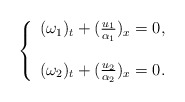
\begin{align*}\left\{ \begin{array}{ll} (\omega_{1})_t+(\frac{u_1}{\alpha_1})_x=0, \\ \\ (\omega_{2})_t+(\frac{u_2}{\alpha_2})_x=0. \end{array} \right.\end{align*}